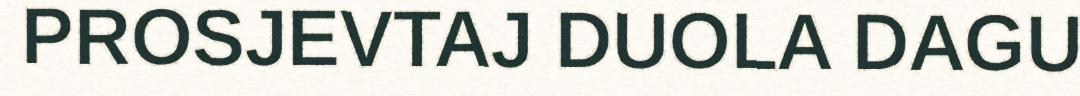
PROSJEVTAJ DUOLA DAGU